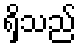
ရှိသည်